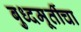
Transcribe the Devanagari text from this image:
बुध्दमूर्तीचा